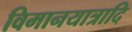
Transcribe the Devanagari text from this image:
विमानयात्रादि